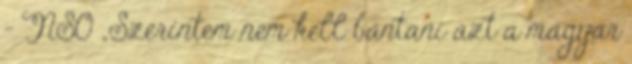
- NSO „Szerintem nem kell bántani azt a magyar